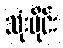
သုံးပိုင်း